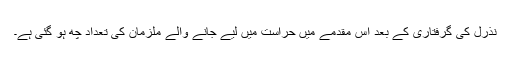
نذرل کی گرفتاری کے بعد اس مقدمے میں حراست میں لیے جانے والے ملزمان کی تعداد چھ ہو گئی ہے۔